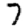
Digit: 7